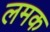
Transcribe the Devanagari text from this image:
लमक